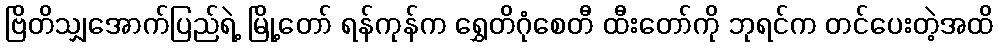
ဗြိတိသျှအောက်ပြည်ရဲ့ မြို့တော် ရန်ကုန်က ရွှေတိဂုံစေတီ ထီးတော်ကို ဘုရင်က တင်ပေးတဲ့အထိ